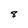
Character: 8